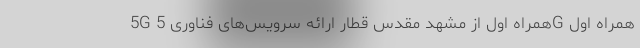
5G همراه اول از مشهد مقدس قطار ارائه سرویس‌های فناوری 5G همراه اول